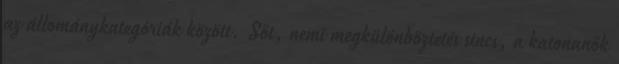
az állománykategóriák között. Sőt, nemi megkülönböztetés sincs, a katonanők